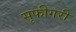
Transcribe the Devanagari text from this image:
सूफीगरी